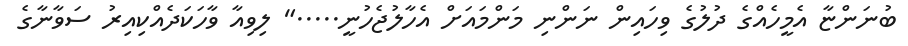
ބުނަންޏާ އެމީހެއްގެ ދުލުގެ ވިހައިން ނަންނި މަންމައަށް އެހާލުޖެހުނީ....." ލިވިއާ ވާހަކަދެއްކިއިރު ސަވާނާގެ